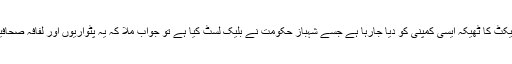
سوال اٹھایا کہ پروجیکٹ کا ٹھیکہ ایسی کمپنی کو دیا جارہا ہے جسے شہباز حکومت نے بلیک لسٹ کیا ہے تو جواب ملا کہ یہ پٹواریوں اور لفافہ صحافیوں کا پروپیگنڈا ہے۔